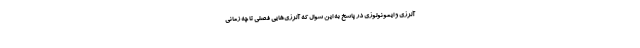
آلرژی و ایمونولوژی در پاسخ به این سوال که آلرژی‌هایی فصلی تا چه زمانی